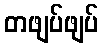
တဖျပ်ဖျပ်